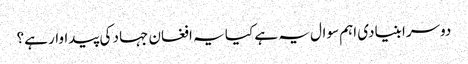
دوسرا بنیادی اہم سوال یہ ہے کیا یہ افغان جہاد کی پیداوار ہے؟